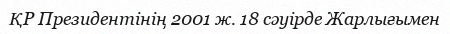
ҚР Президентінің 2001 ж. 18 сәуірде Жарлығымен